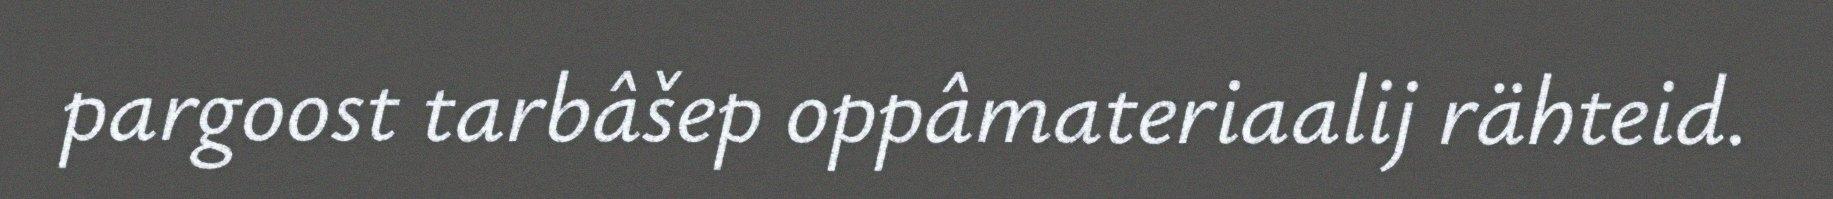
pargoost tarbâšep oppâmateriaalij rähteid.